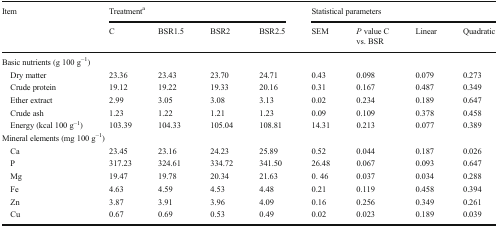
| <ROWSPAN=2> Item | <COLSPAN=4> Treatmenta | <COLSPAN=4> Statistical parameters |
 | C | BSR1.5 | BSR2 | BSR2.5 | SEM | P value C vs. BSR | Linear | Quadratic |
 | --- | --- | --- | --- | --- | --- | --- | --- | --- |
 | <COLSPAN=9> Basic nutrients (g 100 g−1) |
 | Dry matter | 23.36 | 23.43 | 23.70 | 24.71 | 0.43 | 0.098 | 0.079 | 0.273 |
 | Crude protein | 19.12 | 19.22 | 19.33 | 20.16 | 0.31 | 0.167 | 0.487 | 0.349 |
 | Ether extract | 2.99 | 3.05 | 3.08 | 3.13 | 0.02 | 0.234 | 0.189 | 0.647 |
 | Crude ash | 1.23 | 1.22 | 1.21 | 1.23 | 0.09 | 0.109 | 0.378 | 0.458 |
 | Energy (kcal 100 g−1) | 103.39 | 104.33 | 105.04 | 108.81 | 14.31 | 0.213 | 0.077 | 0.389 |
 | <COLSPAN=9> Mineral elements (mg 100 g−1) |
 | Ca | 23.45 | 23.16 | 24.23 | 25.89 | 0.52 | 0.044 | 0.187 | 0.026 |
 | P | 317.23 | 324.61 | 334.72 | 341.50 | 26.48 | 0.067 | 0.093 | 0.647 |
 | Mg | 19.47 | 19.78 | 20.34 | 21.63 | 0. 46 | 0.037 | 0.034 | 0.288 |
 | Fe | 4.63 | 4.59 | 4.53 | 4.48 | 0.21 | 0.119 | 0.458 | 0.394 |
 | Zn | 3.87 | 3.91 | 3.96 | 4.09 | 0.16 | 0.256 | 0.349 | 0.261 |
 | Cu | 0.67 | 0.69 | 0.53 | 0.49 | 0.02 | 0.023 | 0.189 | 0.039 |